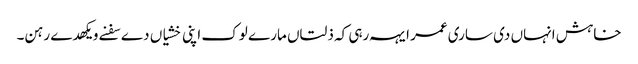
خاہش انہاں دی ساری عمر ایہہ رہی کہ ذلتاں مارے لوک اپنی خشیاں دے سفنے ویکھدے رہن۔